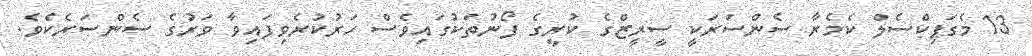
13 މެގަޕިކްސެލް ކެމެރާ ސެންސަރަކީ ސީރީޒްގެ ކުރީގެ ފޯނުތަކުގައިވެސް ހަރުކުރެވިފައިވާ ވަރުގެ ސެންސަރެކެވެ.